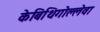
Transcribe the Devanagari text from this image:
केबिथिगोल्लेवा